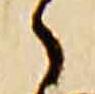
之